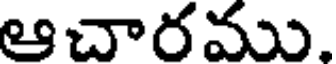
ఆచారము.